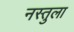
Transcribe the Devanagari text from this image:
नस्तुला